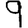
Digit: 9